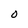
Character: O